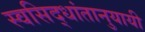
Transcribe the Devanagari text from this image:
स्वसिद्धांतानुयायी